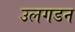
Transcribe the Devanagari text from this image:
उलगडन